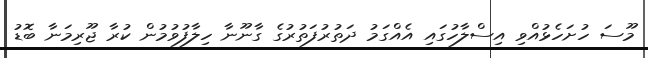
މޫސަ ހުށަހެޅުއްވި އިސްލާހުގައި އެއްގަމު ދަތުރުފަތުރުގެ ގާނޫނާ ހިލާފުވުމުން ކުރާ ޖޫރިމަނާ ބޮޑު